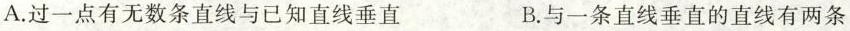
A.过一点有无数条直线与已知直线垂直 B.与一条直线垂直的直线有两条